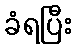
ခံရပြီး